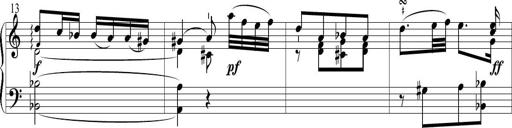
Title: 6 Leichte Sonatinen, Teil 1
Composer: F. Sigismund Sander